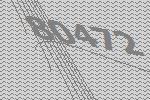
80472